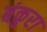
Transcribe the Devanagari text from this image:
बंकुरा